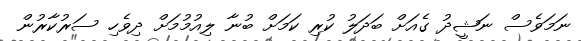
ނަމަވެސް ނަޝީދު ގެއަށް ބަދަލު ކުރި ކަމަށް ބުނާ ލިއުމުމަށް ދިވެހި ސަރުކާރުން